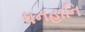
ધનહાનિ